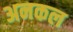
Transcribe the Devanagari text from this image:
अनकल